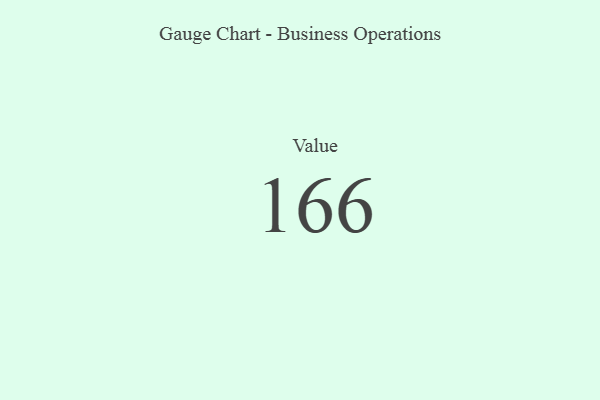
{"axis": {"x": "Metric", "y": "Value"}, "legend": [""], "data": [{"x": "Value", "y": 166, "type": ""}]}